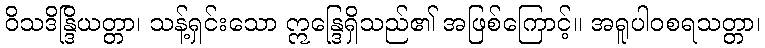
ဝိသဒိန္ဒြိယတ္တာ၊ သန့်ရှင်းသော ဣန္ဒြေရှိသည်၏ အဖြစ်ကြောင့်။ အရူပါဝစရသတ္တာ၊